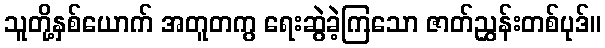
သူတို့နှစ်ယောက် အတူတကွ ရေးဆွဲခဲ့ကြသော ဇာတ်ညွှန်းတစ်ပုဒ်။